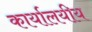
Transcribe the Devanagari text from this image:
कार्यालयीय